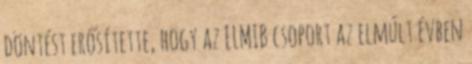
döntést erősítette, hogy az ELMIB csoport az elmúlt évben